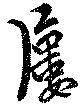
屡